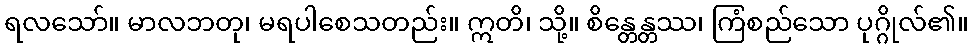
ရလသော်။ မာလဘတု၊ မရပါစေသတည်း။ ဣတိ၊ သို့။ စိန္တေန္တဿ၊ ကြံစည်သော ပုဂ္ဂိုလ်၏။